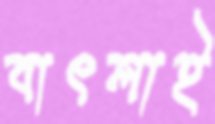
বাৎলাই